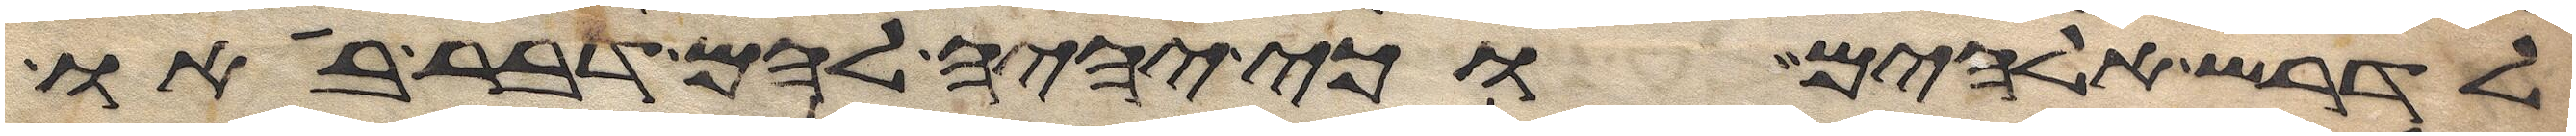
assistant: לדרש אלהים כי יהיה להם דבר בא